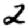
Digit: 2